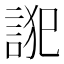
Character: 𮘋